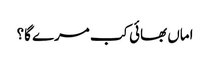
اماں بھائی کب مرے گا؟